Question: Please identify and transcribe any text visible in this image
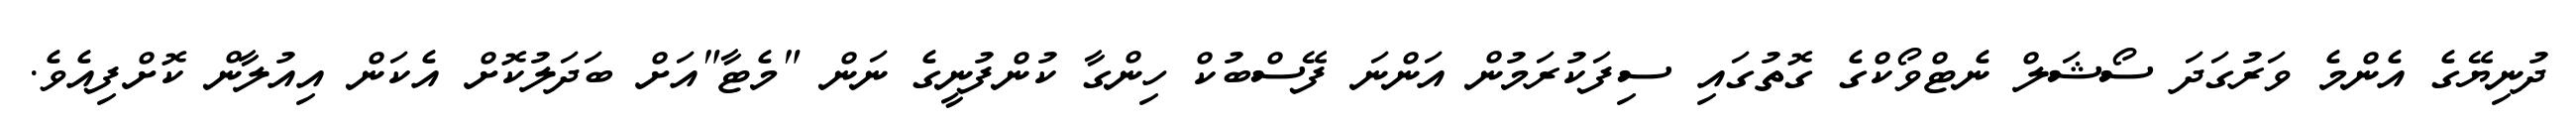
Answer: ދުނިޔޭގެ އެންމެ ވަރުގަދަ ސޯޝަލް ނެޓްވޯކްގެ ގޮތުގައި ސިފަކުރަމުން އަންނަ ފޭސްބުކް ހިންގާ ކުންފުނީގެ ނަން "މެޓާ"އަށް ބަދަލުކޮށް އެކަން އިއުލާން ކޮށްފިއެވެ.